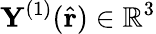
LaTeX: \mathbf{Y}^{(1)}(\hat{\mathbf{r}})\in\mathbb{R}^{3}